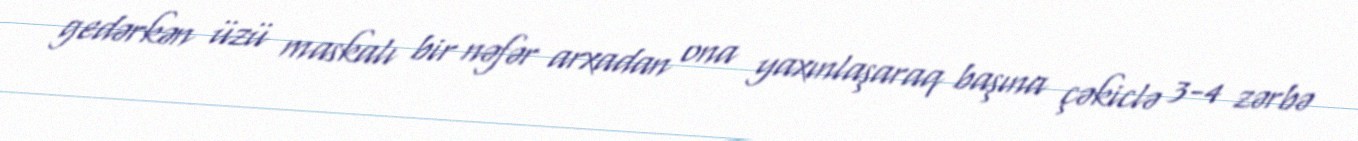
gedərkən üzü maskalı bir nəfər arxadan ona yaxınlaşaraq başına çəkiclə 3-4 zərbə